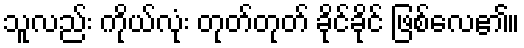
သူလည်း ကိုယ်လုံး တုတ်တုတ် ခိုင်ခိုင် ဖြစ်လေ၏။